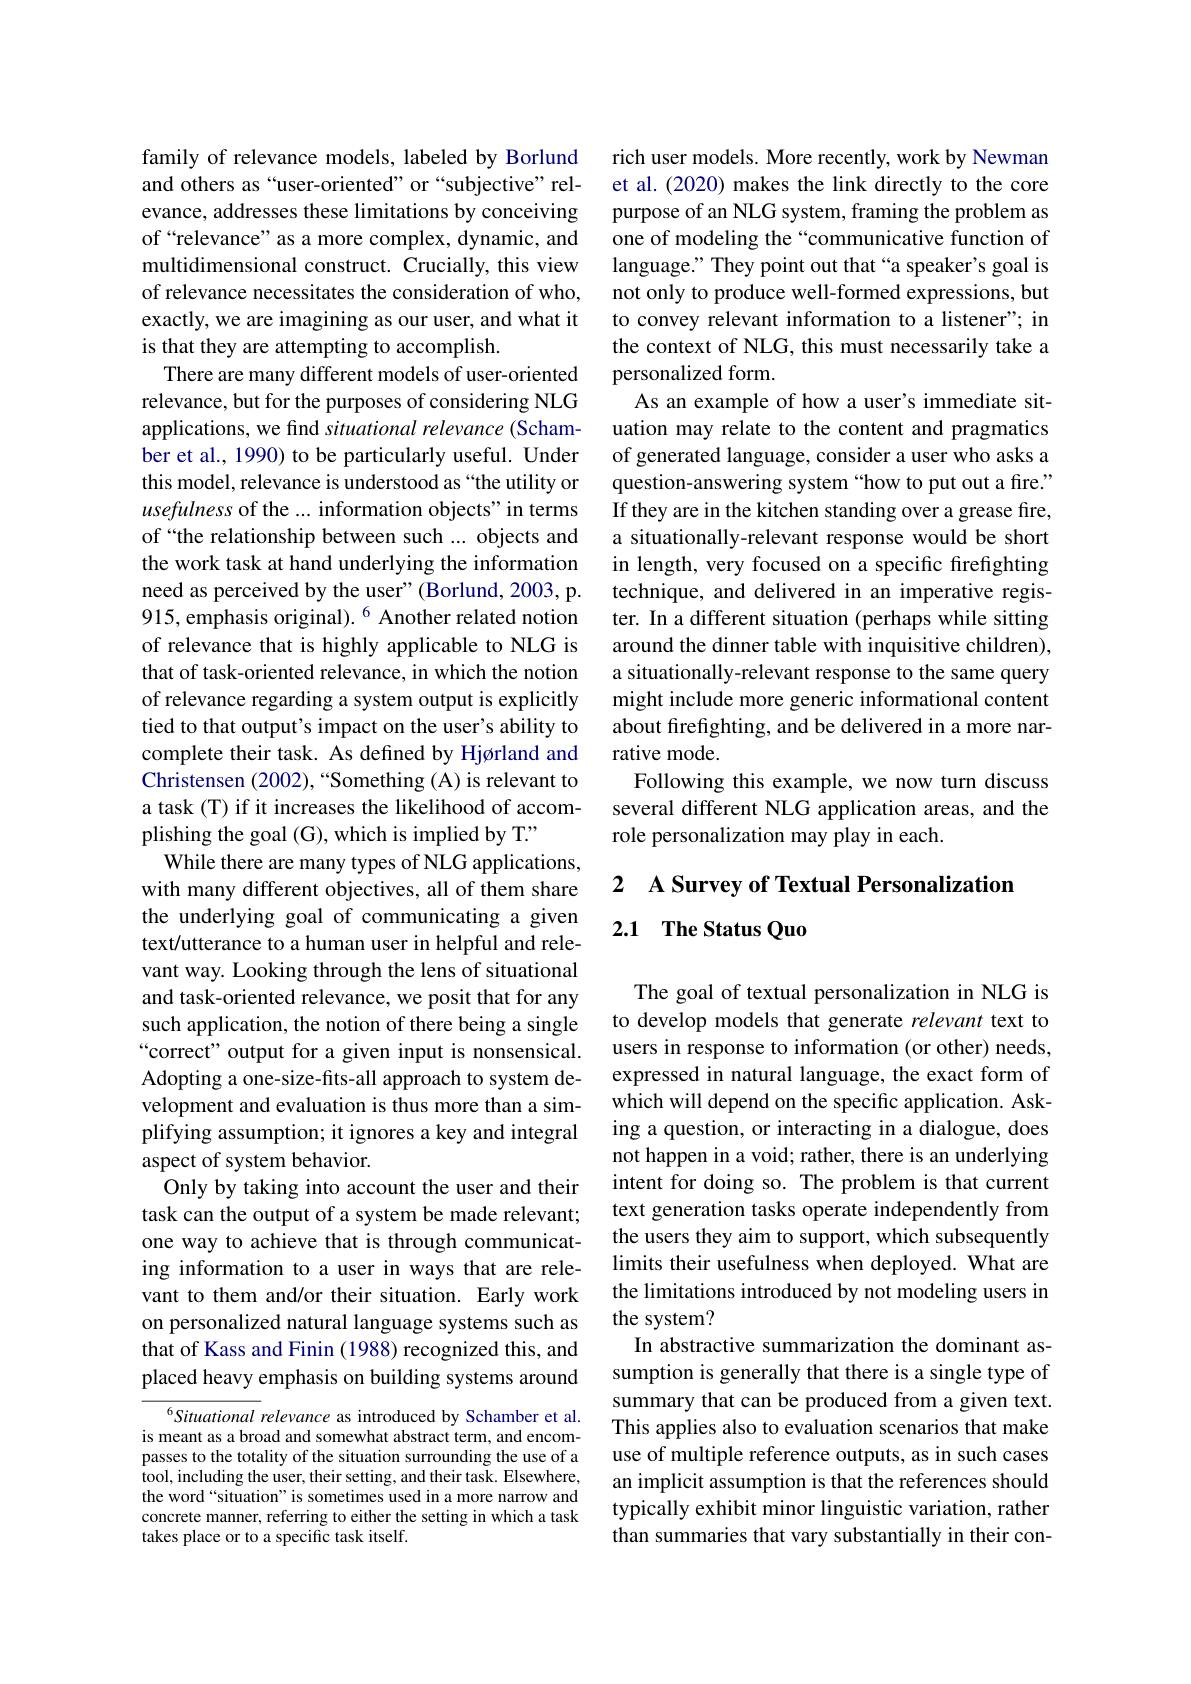
family of relevance models, labeled by Borlund and others as“user-oriented”or“subjective”relevance, addresses these limitations by conceiving of“relevance” as a more complex, dynamic, and multidimensional construct. Crucially, this view of relevance necessitates the consideration of who, exactly, we are imagining as our user, and what it is that they are attempting to accomplish.
There are many different models of user-oriented relevance, but for the purposes of considering NLG applications, we find situational relevance (Schamber et al., 1990) to be particularly useful. Under this model, relevance is understood as “the utility or usefulness of the ...information objects" in terms of“the relationship between such ...objects and the work task at hand underlying the information need as perceived by the user" (Borlund, 2003, p. 915, emphasis original). $^{6}$ Another related notion of relevance that is highly applicable to NLG is that of task-oriented relevance, in which the notion of relevance regarding a system output is explicitly tied to that output's impact on the user's ability to complete their task. As defined by Hjørland and Christensen (2002),“Something (A) is relevant to a task (T) if it increases the likelihood of accomplishing the goal (G), which is implied by T'
While there are many types of NLG applications, with many different objectives, all of them share the underlying goal of communicating a given text/utterance to a human user in helpful and relevant way. Looking through the lens of situational and task-oriented relevance, we posit that for any such application, the notion of there being a single “correct" output for a given input is nonsensical. Adopting a one-size-fits-all approach to system development and evaluation is thus more than a simplifying assumption; it ignores a key and integral aspect of system behavior.
Only by taking into account the user and their task can the output of a system be made relevant; one way to achieve that is through communicating information to a user in ways that are relevant to them and/or their situation. Early work on personalized natural language systems such as that of Kass and Finin (1988) recognized this, and placed heavy emphasis on building systems around
$^{6}Situational$ relevance as introduced by Schamber et al.

is meant as a broad and somewhat abstract term, and encompasses to the totality of the situation surrounding the use of a tool, including the user, their setting, and their task. Elsewhere, the word“situation”is sometimes used in a more narrow and concrete manner, referring to either the setting in which a task takes place or to a specific task itself.

rich user models. More recently, work by Newman et al. (2020) makes the link directly to the core purpose of an NLG system, framing the problem as one of modeling the “communicative function of language." They point out that“a speaker's goal is not only to produce well-formed expressions, but to convey relevant information to a listener" in the context of NLG, this must necessarily take a personalized form.
As an example of how a user's immediate situation may relate to the content and pragmatics of generated language, consider a user who asks a question-answering system “how to put out a fire.” If they are in the kitchen standing over a grease fire, a situationally-relevant response would be short in length, very focused on a specific firefighting technique, and delivered in an imperative register. In a different situation (perhaps while sitting around the dinner table with inquisitive children), a situationally-relevant response to the same query might include more generic informational content about firefighting, and be delivered in a more narrative mode.
Following this example, we now turn discuss several different NLG application areas, and the role personalization may play in each.

# 2 A Survey of Textual Personalization 2.1 The Status Quo

The goal of textual personalization in NLG is to develop models that generate relevant text to users in response to information (or other) needs, expressed in natural language, the exact form of which will depend on the specific application. Asking a question, or interacting in a dialogue, does not happen in a void; rather, there is an underlying intent for doing so. The problem is that current text generation tasks operate independently from the users they aim to support, which subsequently limits their usefulness when deployed. What are the limitations introduced by not modeling users in the system?
In abstractive summarization the dominant assumption is generally that there is a single type of summary that can be produced from a given text. This applies also to evaluation scenarios that make use of multiple reference outputs, as in such cases an implicit assumption is that the references should typically exhibit minor linguistic variation, rather than summaries that vary substantially in their con-